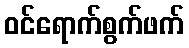
ဝင်ရောက်စွက်ဖက်